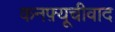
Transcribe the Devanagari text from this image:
कनफ़्यूचीवाद